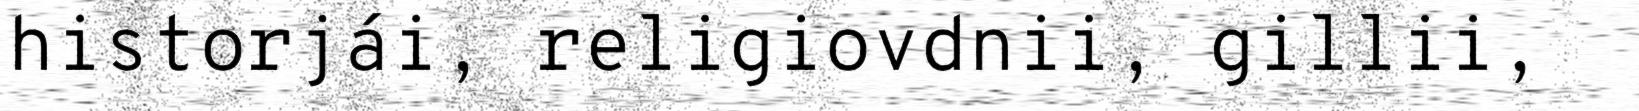
historjái, religiovdnii, gillii,